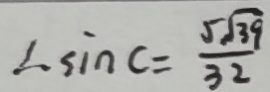
\therefore \sin C = \frac { 5 \sqrt { 3 9 } } { 3 2 }